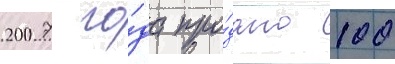
2007 го́да про́дано 100